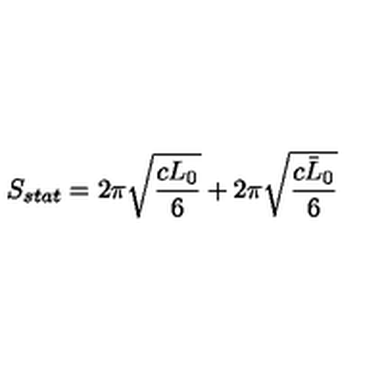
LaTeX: S _ { s t a t } = 2 \pi \sqrt { \frac { c L _ { 0 } } { 6 } } + 2 \pi \sqrt { \frac { c \bar { L } _ { 0 } } { 6 } }